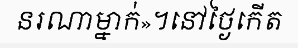
នរណាម្នាក់»។នៅថ្ងៃកើត